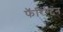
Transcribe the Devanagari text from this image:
फॅरिंग्टन